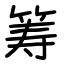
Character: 筹